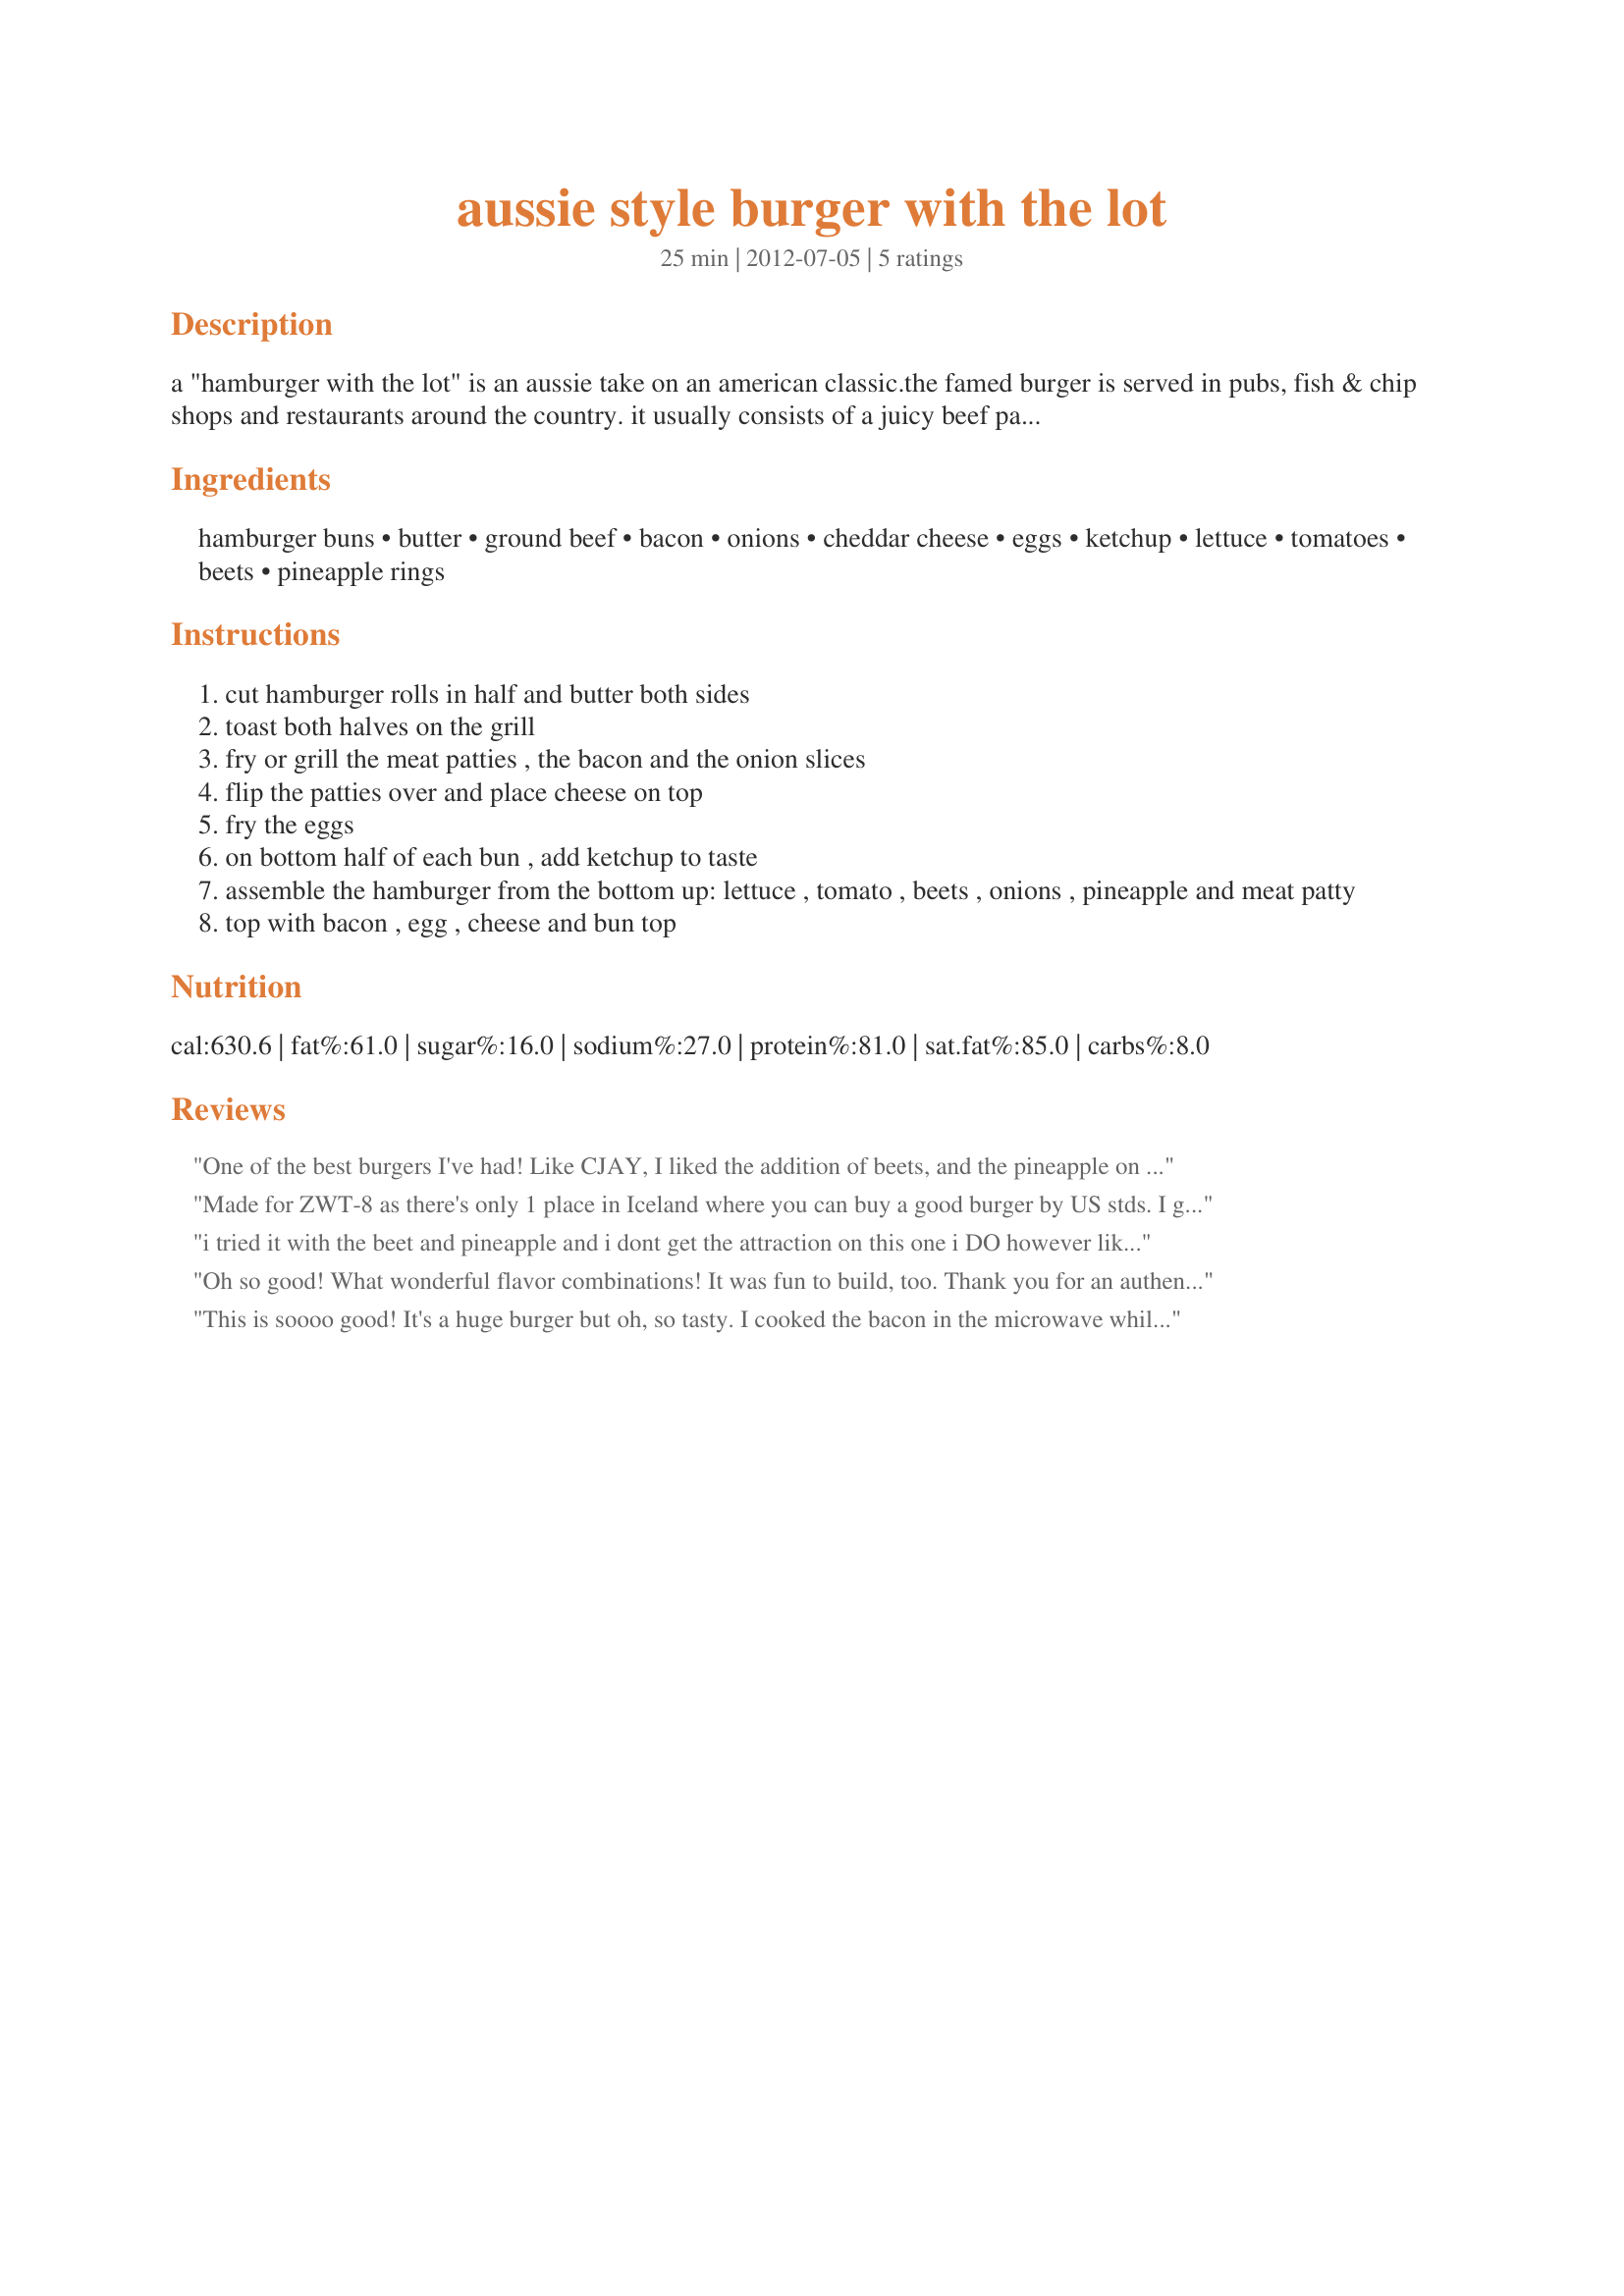
aussie style burger with the lot
Preparation time: 25 minutes

a "hamburger with the lot" is an aussie take on an american classic.the famed burger is served in pubs, fish & chip shops and restaurants around the country. it usually consists of a juicy beef patty in a bun served with with cheese, sliced tomato, sliced, canned beetroot, onions, lettuce, bacon and an egg. some versions are served with a slice of pineapple for that extra flavor of summer. i found this on an australian website. enjoy!

Ingredients:
hamburger buns, butter, ground beef, bacon, onions, cheddar cheese, eggs, ketchup, lettuce, tomatoes, beets, pineapple rings

Steps:
cut hamburger rolls in half and butter both sides
toast both halves on the grill
fry or grill the meat patties , the bacon and the onion slices
flip the patties over and place cheese on top
fry the eggs
on bottom half of each bun , add ketchup to taste
assemble the hamburger from the bottom up: lettuce , tomato , beets , onions , pineapple and meat patty
top with bacon , egg , cheese and bun top

Reviews:
One of the best burgers I've had! Like CJAY, I liked the addition of beets, and the pineapple on it was superb. To make it suitable for gluten free, I used gluten free buns and gluten free ketchup (some ketchups do contain gluten). As like many other gluten intolerants I'm intolerant to cow's milk, too, I substituted the cheddar with goat's gouda (tastes a bit similar to cheddar).<br/>Thanks for posting this comfort food :)<br/>Made for the Gluten Free Challenge of ZWT 8 / Australia / NZ for the Lively Lemon Lovelies
Made for ZWT-8 as there's only 1 place in Iceland where you can buy a good burger by US stds. I go there once a yr on the way to the highland lakes to fish w/Siggi for 4 dys - not often enough for this burger lover. You can buy good quality grd beef only at the Farmer's Market. A recent dinner guest gifted me w/a pkg of the Farmer's Market burgers & that's what I used tonite for your recipe. Burgers prob have more pers pref applied to them than any other food item. For example: Unlike other reviewers, neither of us eats beets! Ever! Even for you! I had wonderful fresh pineapple on-hand that I sliced thinly & that flavour was a happy presence. The only chg I'd make is to caramelize the onions (another pers pref). -- The burgers are gone. They were great! If I had room, I'd eat another & I doubt there's anyone alive who could eat 2 of these "monsters". Thx for sharing this yummy recipe w/us. :-)
i tried it with the beet and pineapple and i dont get the attraction on this one i DO however like the fried egg good burger zaar world tour 8
Oh so good! What wonderful flavor combinations! It was fun to build, too. Thank you for an authentic taste of an Australian classic. I'll be making it again. Made for Susie's World Tour 2018 - Austraila.
This is soooo good! It's a huge burger but oh, so tasty. I cooked the bacon in the microwave while the burgers were grilling. Then fried the eggs kind of over easy. I really liked the beets on it. I'll definitely make this again. Thanks for sharing. Made for ZWT 8.
